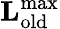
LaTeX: \mathbf{L}_{\mathrm{old}}^{\mathrm{max}}